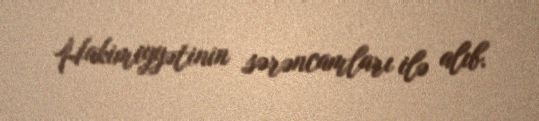
Hakimiyyətinin sərəncamları ilə alıb.